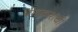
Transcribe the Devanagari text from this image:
बीडकरांची